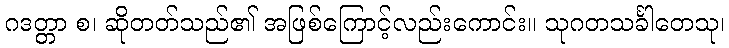
ဂဒတ္တာ စ၊ ဆိုတတ်သည်၏ အဖြစ်ကြောင့်လည်းကောင်း။ သုဂတသင်္ခါတေသု၊